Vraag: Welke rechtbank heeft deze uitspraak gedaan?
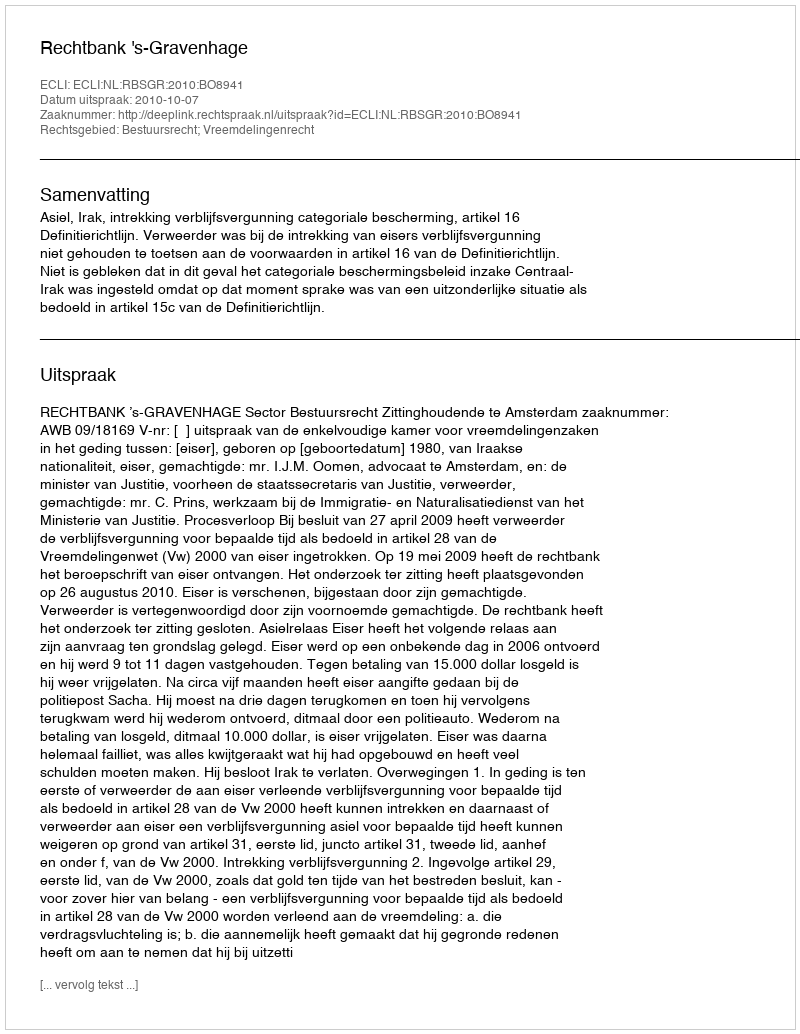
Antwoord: Rechtbank 's-Gravenhage